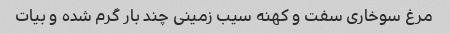
مرغ سوخاری سفت و کهنه سیب زمینی چند بار گرم شده و بیات